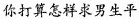
你打算怎样求男生平